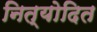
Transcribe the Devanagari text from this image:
नित्योदित